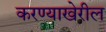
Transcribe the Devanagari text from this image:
करण्याखेरील